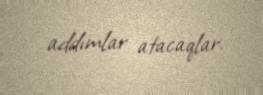
addımlar atacaqlar.